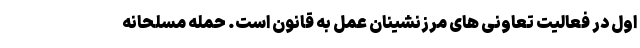
اول در فعالیت تعاونی های مرزنشینان عمل به قانون است. حمله مسلحانه